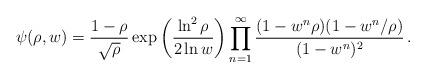
LaTeX: \begin{align*}\psi(\rho,w)= {1-\rho\over\sqrt\rho}\exp\left({\ln^2\rho\over2\ln w}\right)\prod_{n=1}^\infty{(1-w^n\rho)(1-w^n/\rho)\over(1-w^n)^2}\,.\end{align*}